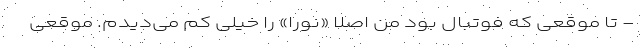
- تا موقعی که فوتبال بود من اصلا «نورا» را خیلی کم می‌دیدم. موقعی